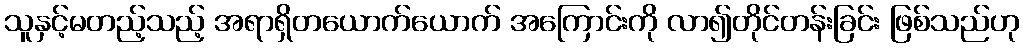
သူနှင့်မတည့်သည့် အရာရှိတယောက်ယောက် အကြောင်းကို လာ၍တိုင်တန်းခြင်း ဖြစ်သည်ဟု